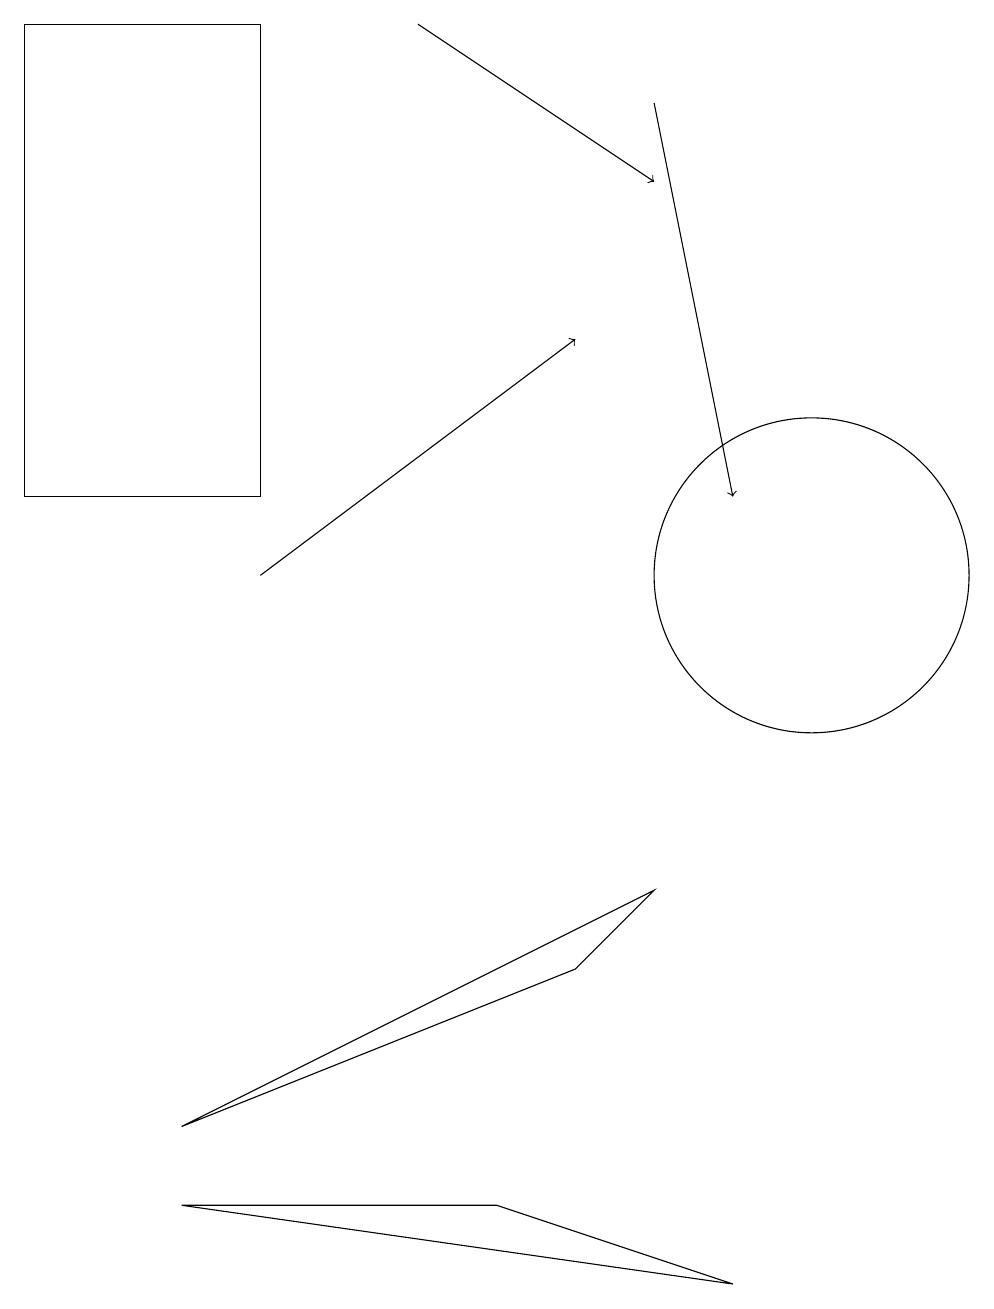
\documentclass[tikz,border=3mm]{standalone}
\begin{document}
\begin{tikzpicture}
\draw (7,5) -- (8,6) -- (2,3) -- cycle;
\draw (3,11) rectangle (0,17);
\draw[->] (3,10) -- (7,13);
\draw (10,10) circle (2);
\draw (2,2) -- (9,1) -- (6,2) -- cycle;
\draw[->] (8,16) -- (9,11);
\draw[->] (5,17) -- (8,15);
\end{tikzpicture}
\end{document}